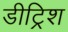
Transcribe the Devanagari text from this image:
डीट्रिश